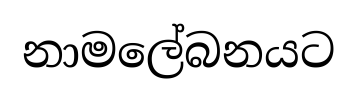
නාමලේබනයට